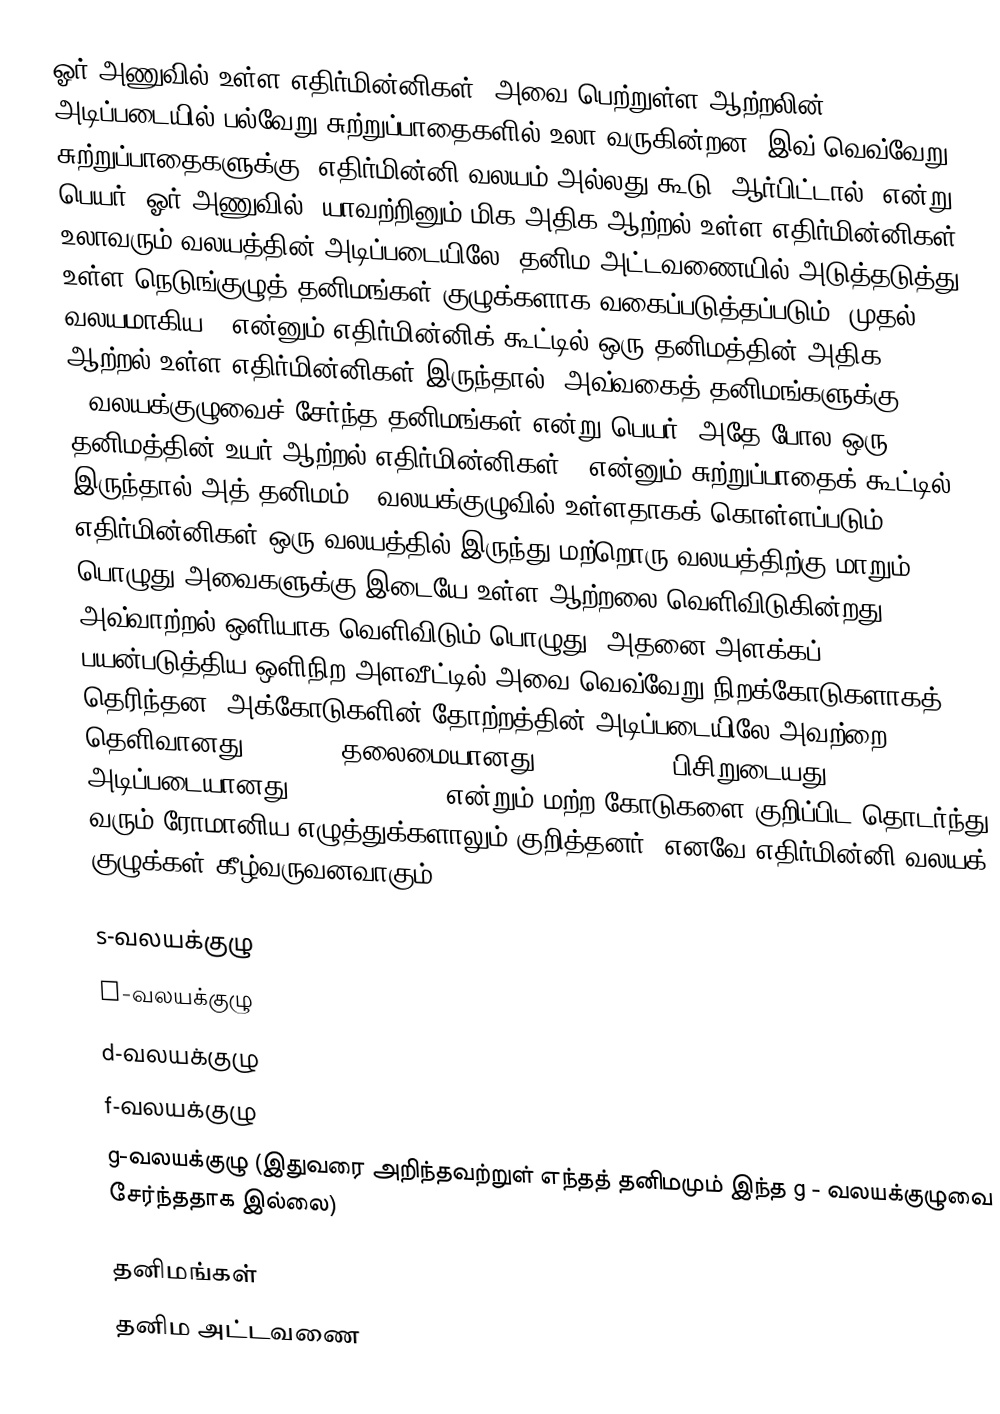
ஓர் அணுவில் உள்ள எதிர்மின்னிகள், அவை பெற்றுள்ள ஆற்றலின் அடிப்படையில் பல்வேறு சுற்றுப்பாதைகளில் உலா வருகின்றன. இவ் வெவ்வேறு சுற்றுப்பாதைகளுக்கு, எதிர்மின்னி வலயம் அல்லது கூடு (ஆர்பிட்டால்) என்று பெயர். ஓர் அணுவில், யாவற்றினும் மிக அதிக ஆற்றல் உள்ள எதிர்மின்னிகள் உலாவரும் வலயத்தின் அடிப்படையிலே, தனிம அட்டவணையில் அடுத்தடுத்து உள்ள நெடுங்குழுத் தனிமங்கள் குழுக்களாக வகைப்படுத்தப்படும். முதல் வலயமாகிய s என்னும் எதிர்மின்னிக் கூட்டில் ஒரு தனிமத்தின் அதிக ஆற்றல் உள்ள எதிர்மின்னிகள் இருந்தால், அவ்வகைத் தனிமங்களுக்கு s-வலயக்குழுவைச் சேர்ந்த தனிமங்கள் என்று பெயர். அதே போல ஒரு தனிமத்தின் உயர்-ஆற்றல் எதிர்மின்னிகள் p என்னும் சுற்றுப்பாதைக் கூட்டில் இருந்தால் அத் தனிமம் p-வலயக்குழுவில் உள்ளதாகக் கொள்ளப்படும். எதிர்மின்னிகள் ஒரு வலயத்தில் இருந்து மற்றொரு வலயத்திற்கு மாறும் பொழுது அவைகளுக்கு இடையே உள்ள ஆற்றலை வெளிவிடுகின்றது. அவ்வாற்றல் ஒளியாக வெளிவிடும் பொழுது, அதனை அளக்கப் பயன்படுத்திய ஒளிநிற அளவீட்டில் அவை வெவ்வேறு நிறக்கோடுகளாகத் தெரிந்தன. அக்கோடுகளின் தோற்றத்தின் அடிப்படையிலே அவற்றை தெளிவானது (sharp), தலைமையானது (prinicpal), பிசிறுடையது (diffuse), அடிப்படையானது (fundamental), என்றும் மற்ற கோடுகளை குறிப்பிட தொடர்ந்து வரும் ரோமானிய எழுத்துக்களாலும் குறித்தனர். எனவே எதிர்மின்னி வலயக் குழுக்கள் கீழ்வருவனவாகும்:

 s-வலயக்குழு
 p-வலயக்குழு
 d-வலயக்குழு
 f-வலயக்குழு
 g-வலயக்குழு (இதுவரை அறிந்தவற்றுள் எந்தத் தனிமமும் இந்த g - வலயக்குழுவை சேர்ந்ததாக இல்லை)

தனிமங்கள்
தனிம அட்டவணை